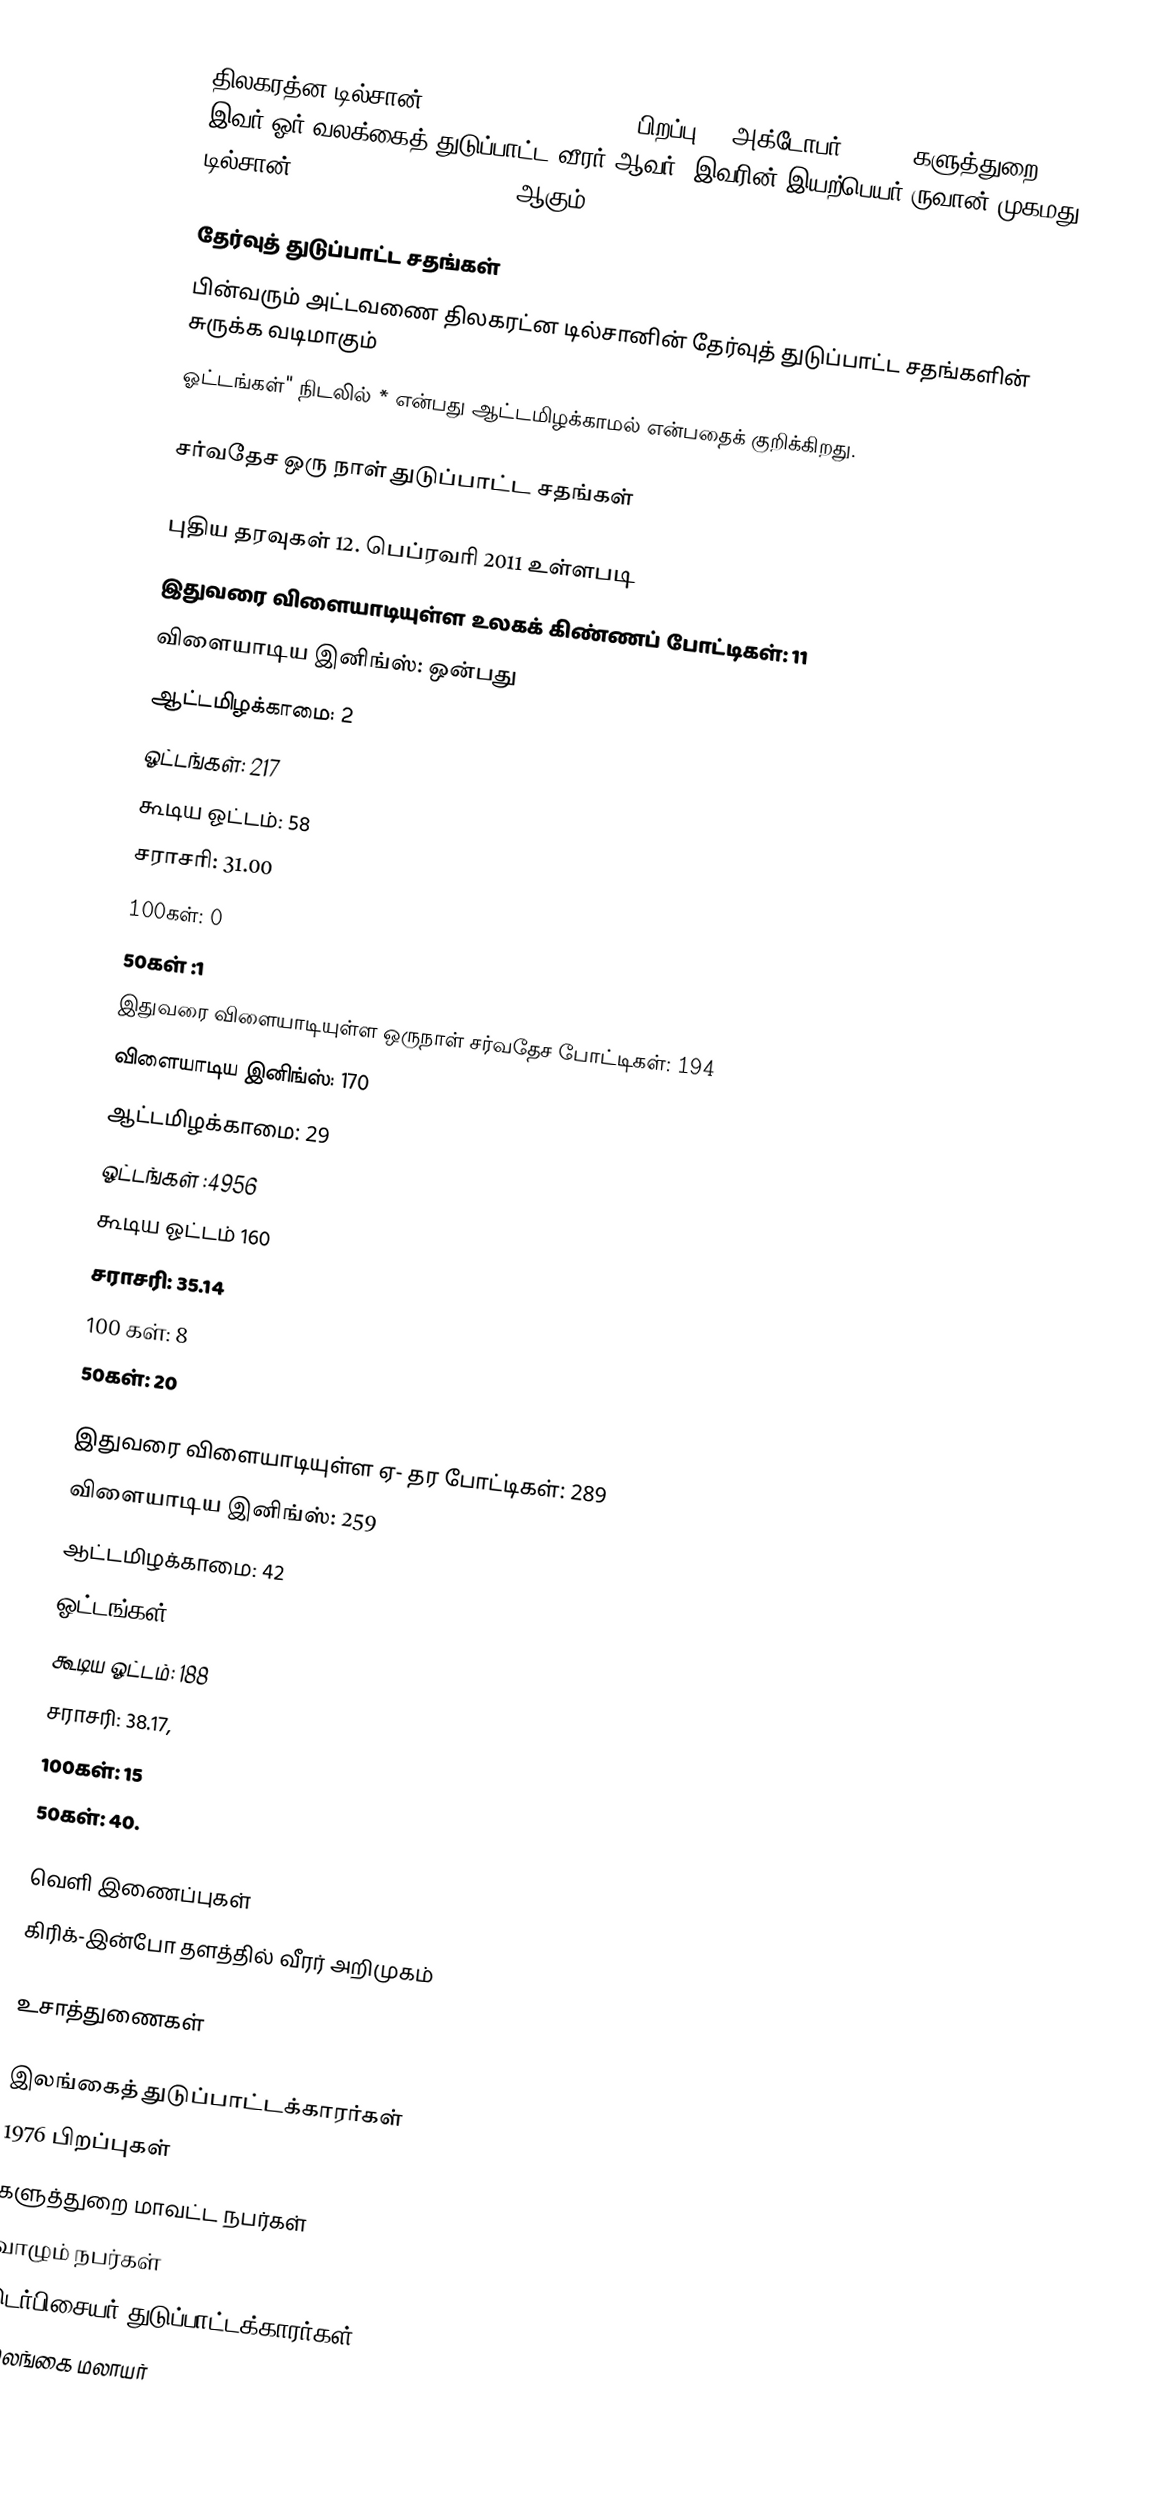
திலகரத்ன டில்சான் (Tillakaratne Dilshan, பிறப்பு 14 அக்டோபர், 1976, களுத்துறை). இவர் ஓர் வலக்கைத் துடுப்பாட்ட வீரர் ஆவர். இவரின் இயற்பெயர் ருவான் முகமது டில்சான் (Tuwan Mohamad Dilshan) ஆகும்.

தேர்வுத் துடுப்பாட்ட சதங்கள்
பின்வரும் அட்டவணை திலகரட்ன டில்சானின் தேர்வுத் துடுப்பாட்ட சதங்களின் சுருக்க வடிமாகும்
 ஓட்டங்கள்" நிடலில் * என்பது ஆட்டமிழக்காமல் என்பதைக் குறிக்கிறது.

சர்வதேச ஒரு நாள் துடுப்பாட்ட சதங்கள்

புதிய தரவுகள் 12. பெப்ரவரி 2011 உள்ளபடி
இதுவரை விளையாடியுள்ள உலகக் கிண்ணப் போட்டிகள்: 11
 விளையாடிய இனிங்ஸ்: ஒன்பது
 ஆட்டமிழக்காமை: 2
 ஓட்டங்கள்: 217
 கூடிய ஓட்டம்: 58
 சராசரி: 31.00
 100கள்: 0
 50கள் :1
இதுவரை விளையாடியுள்ள ஒருநாள் சர்வதேச போட்டிகள்: 194
விளையாடிய இனிங்ஸ்: 170
 ஆட்டமிழக்காமை: 29
 ஓட்டங்கள் :4956
 கூடிய ஓட்டம் 160
 சராசரி: 35.14
 100 கள்: 8
 50கள்: 20

 இதுவரை விளையாடியுள்ள ஏ- தர போட்டிகள்: 289
 விளையாடிய இனிங்ஸ்: 259
 ஆட்டமிழக்காமை: 42
 ஓட்டங்கள்: 8283
 கூடிய ஓட்டம்: 188
 சராசரி: 38.17,
 100கள்: 15
 50கள்: 40.

வெளி இணைப்புகள்
கிரிக்-இன்போ தளத்தில் வீரர் அறிமுகம்

உசாத்துணைகள்

இலங்கைத் துடுப்பாட்டக்காரர்கள்
1976 பிறப்புகள்
களுத்துறை மாவட்ட நபர்கள்
வாழும் நபர்கள்
டெர்பிசையர் துடுப்பாட்டக்காரர்கள்
இலங்கை மலாயர்